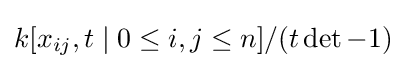
k[x_{ij},t\mid 0\leq i,j\leq n]/(t\det -1)